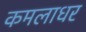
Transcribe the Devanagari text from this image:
कमलाधर